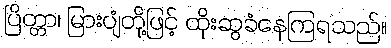
ပြိတ္တာ၊ မြားပျံတို့ဖြင့် ထိုးဆွခံနေကြရသည်။